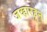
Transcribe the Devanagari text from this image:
जव्हारहून